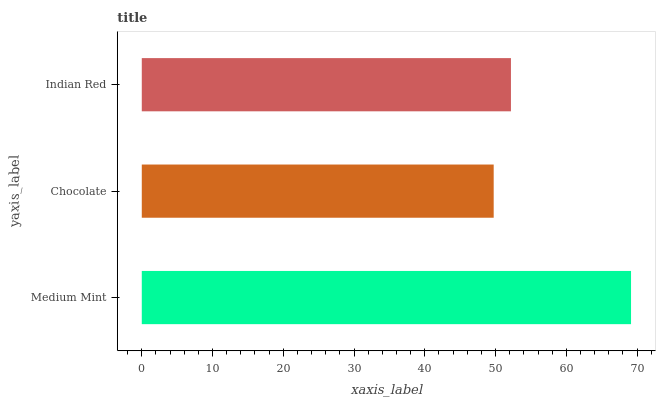
| yaxis_label | bars |
 | --- | --- |
 | Medium Mint | 69.1 |
 | Chocolate | 49.7 |
 | Indian Red | 52.2 |